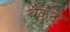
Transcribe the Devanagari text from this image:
बैकुंठेर